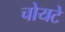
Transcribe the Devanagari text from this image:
चोयटे